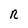
Character: n